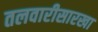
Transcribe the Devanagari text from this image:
तलवारीसारखा